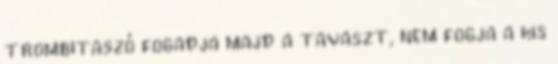
trombitaszó fogadja majd a tavaszt, nem fogja a kis